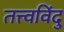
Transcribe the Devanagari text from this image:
तत्त्वविंदु